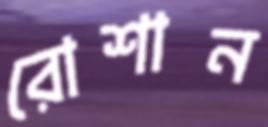
রোশান